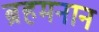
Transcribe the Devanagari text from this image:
ब्रहमनान